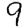
Digit: 9